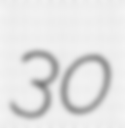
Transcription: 30